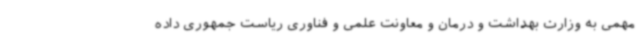
مهمی به وزارت بهداشت و درمان و معاونت علمی و فناوری ریاست جمهوری داده